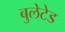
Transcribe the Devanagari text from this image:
बुलेटेड